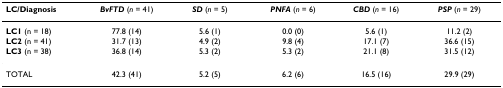
<table><thead><tr><td><b>LC/Diagnosis</b></td><td><b><i>BvFTD </i>(<i>n </i>= 41)</b></td><td><b><i>SD </i>(<i>n </i>= 5)</b></td><td><b><i>PNFA </i>(<i>n </i>= 6)</b></td><td><b><i>CBD </i>(<i>n </i>= 16)</b></td><td><b><i>PSP </i>(<i>n </i>= 29)</b></td></tr></thead><tbody><tr><td><b>LC1 </b>(n = 18)</td><td>77.8 (14)</td><td>5.6 (1)</td><td>0.0 (0)</td><td>5.6 (1)</td><td>11.2 (2)</td></tr><tr><td><b>LC2 </b>(n = 41)</td><td>31.7 (13)</td><td>4.9 (2)</td><td>9.8 (4)</td><td>17.1 (7)</td><td>36.6 (15)</td></tr><tr><td><b>LC3 </b>(n = 38)</td><td>36.8 (14)</td><td>5.3 (2)</td><td>5.3 (2)</td><td>21.1 (8)</td><td>31.5 (12)</td></tr><tr><td>TOTAL</td><td>42.3 (41)</td><td>5.2 (5)</td><td>6.2 (6)</td><td>16.5 (16)</td><td>29.9 (29)</td></tr></tbody></table>